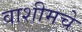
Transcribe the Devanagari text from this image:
वाशीमचे